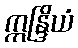
ဣန္ဒြိယံ